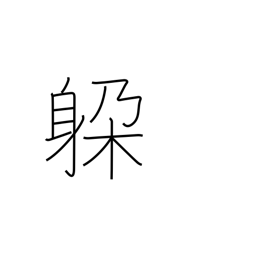
Meaning: dodge